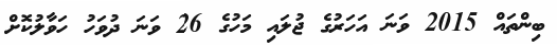
ބިންތައް 2015 ވަނަ އަހަރުގެ ޖުލައި މަހުގެ 26 ވަނަ ދުވަހު ހަވާލުކޮށް